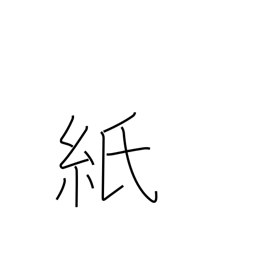
Meaning: paper